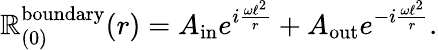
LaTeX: \mathbb{R}_{(0)}^{\mathrm{{boundary}}}(r)=A_{\mathrm{{in}}}e^{i\frac{{\omega\ell^{2}}}{{r}}}+A_{\mathrm{{out}}}e^{-i\frac{{\omega\ell^{2}}}{{r}}}.